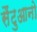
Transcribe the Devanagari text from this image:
सैंटुआनो